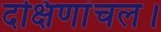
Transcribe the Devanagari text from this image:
दक्षिणांचल।